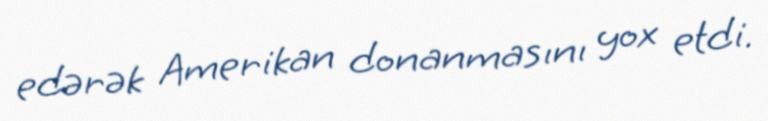
edərək Amerikan donanmasını yox etdi.